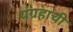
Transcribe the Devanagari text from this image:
यंग्रहाची